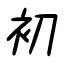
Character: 初